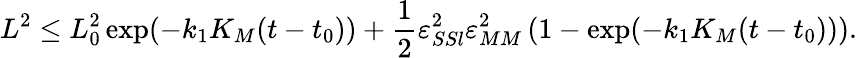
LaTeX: L^{2}\leq L_{0}^{2}\exp(-k_{1}K_{M}(t-t_{0}))+\frac 12\varepsilon_{SSl}^{2}\varepsilon_{MM}^{2}\left(1-\exp(-k_{1}K_{M}(t-t_{0}))\right).